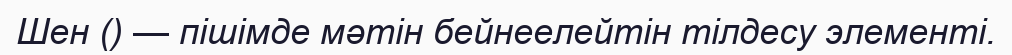
Шен () — пішімде мәтін бейнеелейтін тілдесу элементі.